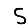
Digit: 5